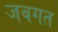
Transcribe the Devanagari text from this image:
जबगत